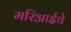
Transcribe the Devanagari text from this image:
मरिआईचे